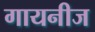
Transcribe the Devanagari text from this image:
गायनीज